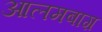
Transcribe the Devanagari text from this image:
आलमबाग़